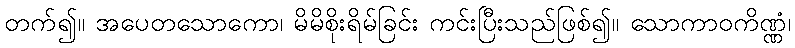
တက်၍။ အပေတသောကော၊ မိမိစိုးရိမ်ခြင်း ကင်းပြီးသည်ဖြစ်၍။ သောကာဝကိဏ္ဏံ၊